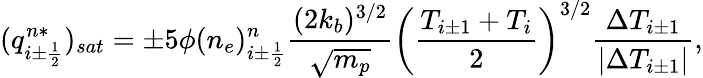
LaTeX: (q_{i\pm\frac{1}{2}}^{n*})_{sat}=\pm 5\phi(n_{e})_{i\pm\frac{1}{2}}^{n}\frac{(2k_{b})^{3/2}}{\sqrt{m_{p}}}\left(\frac{T_{i\pm 1}+T_{i}}{2}\right)^{3/2}\frac{\Delta T_{i\pm 1}}{|\Delta T_{i\pm 1}|},